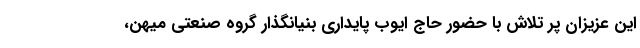
این عزیزان پر تلاش با حضور حاج ایوب پایداری بنیانگذار گروه صنعتی میهن،